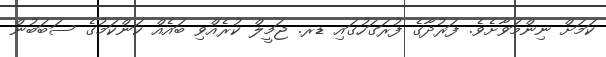
ކަމަށް ނިންމަވާށެވެ. ފަރުދާގެ ފުރަގަހުގައި ޑރ. ޖަމީލް ކުރެއްވި ބައެއް ކަންކަމުގެ ސަބަބުން